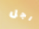
رجل